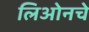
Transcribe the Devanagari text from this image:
लिओनचे